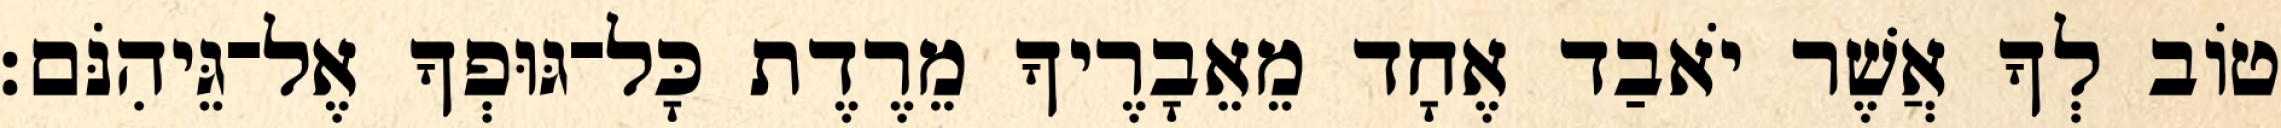
טוֹב לְךָ אֲשֶׁר יֹאבַד אֶחָד מֵאֵבָרֶיךָ מֵרֶדֶת כָּל־גּוּפְךָ אֶל־גֵּיהִנֹּם׃